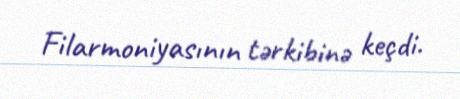
Filarmoniyasının tərkibinə keçdi.